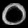
Digit: ၀